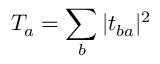
T _ { a } = \sum _ { b } | t _ { b a } | ^ { 2 }